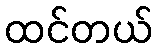
ထင်တယ်